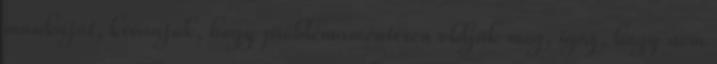
munkáját, kívánjuk, hogy problémamentesen oldják meg, igaz, hogy nem